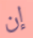
إن